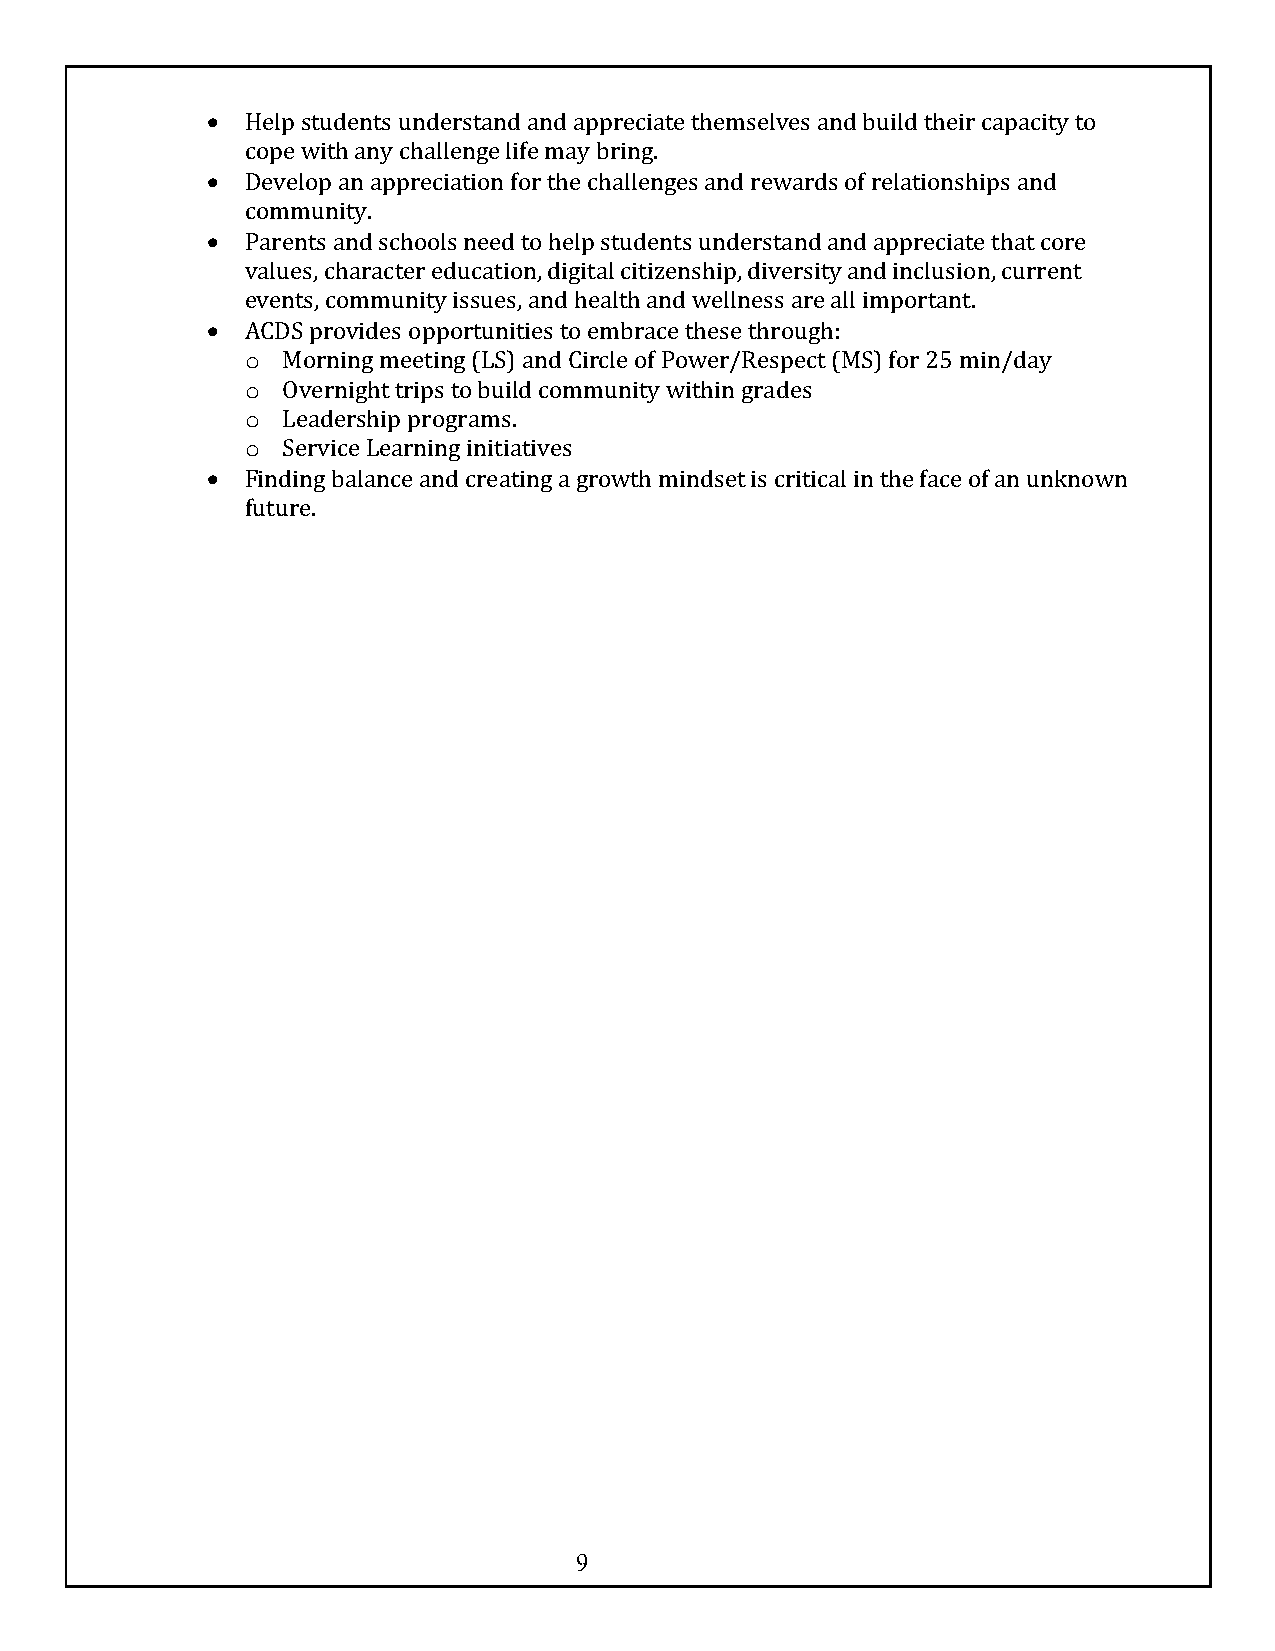
• Help students understand and appreciate themselves and build their capacity to
 cope with any challenge life may bring.
 • Develop an appreciation for the challenges and rewards of relationships and
 community.
 • Parents and schools need to help students understand and appreciate that core
 values, character education, digital citizenship, diversity and inclusion, current
 events, community issues, and health and wellness are all important.
 • ACDS provides opportunities to embrace these through:
 o  Morning meeting (LS) and Circle of Power/Respect (MS) for 25 min/day
 o  Overnight trips to build community within grades
 o  Leadership programs.
 o  Service Learning initiatives
 • Finding balance and creating a growth mindset is critical in the face of an unknown
 future.
 9